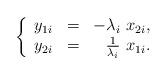
LaTeX: \begin{align*}\left\{\begin{array}{rcr}y_{1i} & = & - \lambda_i ~ x_{2i}, \\y_{2i} & = & \frac{1}{\lambda_i} ~ x_{1i}.\end{array}\right.\end{align*}